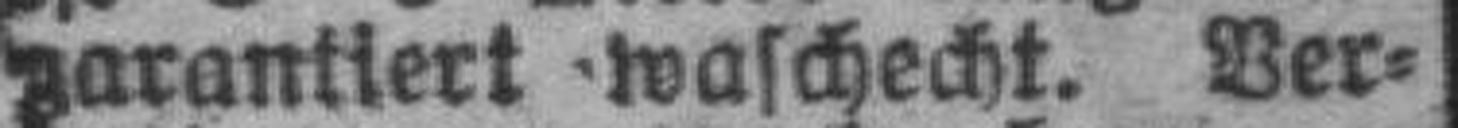
garantiert waschecht. Ver¬